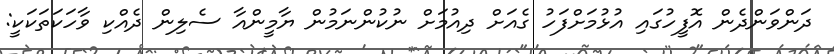
ދަންވަންދެން އޮފީހުގައި އުޅުމަށްފަހު ގެއަށް ދިއުމަށް ނުކުންނަމުން ޔާމީންއާ ސެލިން ދެއްކި ވާހަކަތަކަކީ: